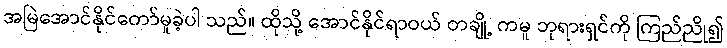
အမြဲအောင်နိုင်တော်မူခဲ့ပါ သည်။ ထိုသို့ အောင်နိုင်ရာဝယ် တချို့ ကမူ ဘုရားရှင်ကို ကြည်ညို၍